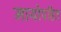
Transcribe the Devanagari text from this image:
मायोपहित